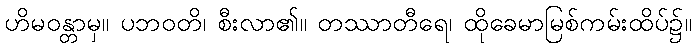
ဟိမဝန္တာမှ။ ပဘဝတိ၊ စီးလာ၏။ တဿာတီရေ၊ ထိုခေမာမြစ်ကမ်းထိပ်၌။